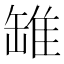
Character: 𫄻